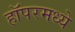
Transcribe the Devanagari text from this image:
हॉपरमध्ये